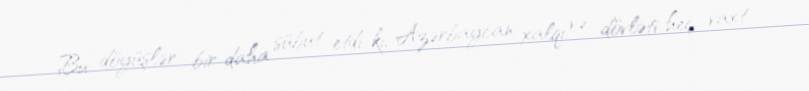
Bu döyüşlər bir daha sübut etdi ki, Azərbaycan xalqı və dövləti heç vaxt